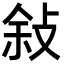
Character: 敍